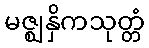
မဇ္ဈနှိကသုတ္တံ